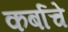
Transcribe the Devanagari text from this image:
कर्बाचे